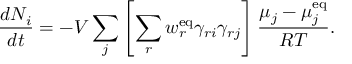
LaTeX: { \frac { d N _ { i } } { d t } } = - V \sum _ { j } \left[ \sum _ { r } w _ { r } ^ { \mathrm { { e q } } } \gamma _ { r i } \gamma _ { r j } \right] { \frac { \mu _ { j } - \mu _ { j } ^ { \mathrm { { e q } } } } { R T } } .